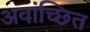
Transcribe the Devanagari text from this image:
अवांच्छित